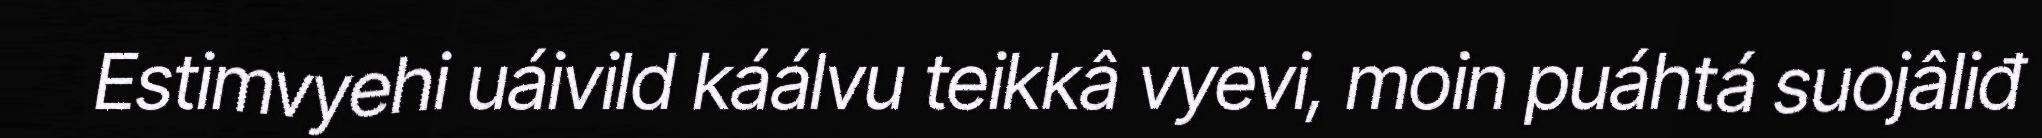
Estimvyehi uáivild káálvu teikkâ vyevi, moin puáhtá suojâliđ